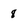
Character: 8